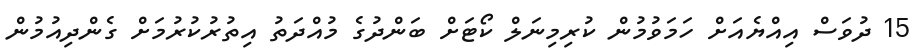
15 ދުވަސް އިއްޔެއަށް ހަމަވުމުން ކުރިމިނަލް ކޯޓަށް ބަންދުގެ މުއްދަތު އިތުރުކުރުމަށް ގެންދިއުމުން